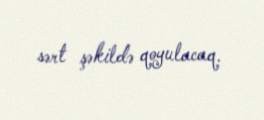
sərt şəkildə qoyulacaq.